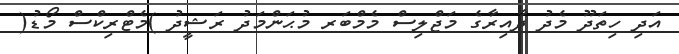
އަދި ހިތަދޫ މެދު ދާއިރާގެ މަޖްލިސް މެމްބަރ މުޙަންމަދު ރަޝީދު )މެޓްރިކްސް މޯޑު(